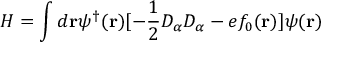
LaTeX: H = \int d { \bf r } \psi ^ { \dagger } ( { \bf r } ) [ - \frac { 1 } { 2 } D _ { \alpha } D _ { \alpha } - e f _ { 0 } ( { \bf r } ) ] \psi ( { \bf r } )